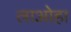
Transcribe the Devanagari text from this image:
लाओहा